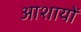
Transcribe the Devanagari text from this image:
आशायों